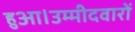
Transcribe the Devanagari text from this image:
हुआ।उम्मीदवारों